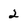
Character: 2